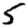
Digit: 5